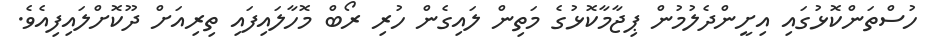
ހުސްތަންކޮޅުގައި އިށީންދެލުމުން ޕިޖާމާކޮޅުގެ މަތިން ލައިގެން ހުރި ރޯބް މޮހާލައިފައި ތިރިއަށް ދޫކޮށްލައިފިއެވެ.